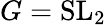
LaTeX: G=\mathrm{{SL}}_{2}